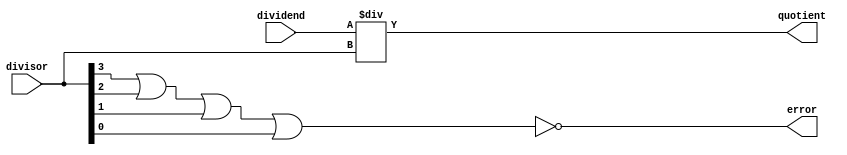
//-------------------------------------------------
//
// Behavioral Division
// Group SAMU Project Part 2
//
//-------------------------------------------------


module Div (dividend, divisor,quotient,error);
    input [31:0] dividend;
    input [31:0] divisor;
    output [63:0] quotient;
    output error;

    wire [31:0] dividend;
    wire [31:0] divisor;
    reg [63:0] quotient;
    reg error;

    always @(dividend,divisor)
    begin
        quotient =dividend/divisor;
        error=~(divisor[3]|divisor[2]|divisor[1]|divisor[0]);
    end

endmodule

module Mod (dividend, divisor,remainder,error);
    input [31:0] dividend;
    input [31:0] divisor;
    output [63:0] remainder;
    output error;

    wire [31:0] dividend;
    wire [31:0] divisor;
    reg [63:0] remainder;
    reg error;

    always @(dividend,divisor)
    begin
        remainder=dividend%divisor;
        error=~(divisor[3]|divisor[2]|divisor[1]|divisor[0]);
    end

endmodule